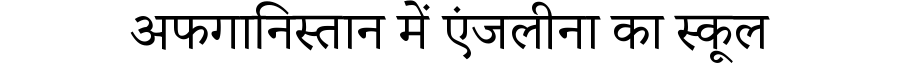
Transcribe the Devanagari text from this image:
अफगानिस्तान में एंजलीना का स्कूल